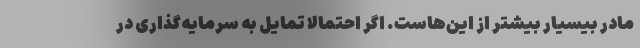
مادر بیسیار بیشتر از این‌هاست. اگر احتمالا تمایل به سرمایه‌گذاری در